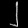
Digit: ၂